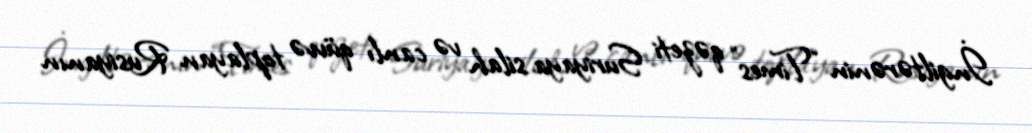
İngiltərənin “Times” qəzeti Suriyaya silah və canlı qüvvə toplayan Rusiyanın